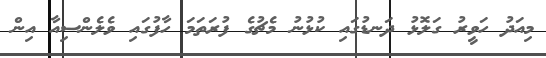
މިއަދު ހަވީރު ގަލޮޅު ދަނޑުގައި ކުޅުނު މެޗުގެ ފުރަތަމަ ހާފުގައި ވެލެންސިއާ އިން